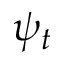
\psi _ { t }